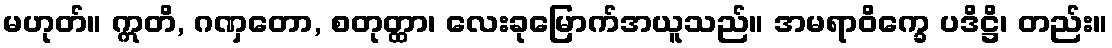
မဟုတ်။ ဣတိ, ဂဏှတော, စတုတ္ထာ၊ လေးခုမြောက်အယူသည်။ အမရာဝိက္ခေ ပဒိဋ္ဌိ၊ တည်း။